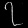
Digit: ၇